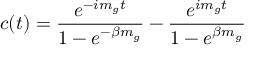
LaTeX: c ( t ) = { \frac { e ^ { - i m _ { g } t } } { 1 - e ^ { - \beta m _ { g } } } } - { \frac { e ^ { i m _ { g } t } } { 1 - e ^ { \beta m _ { g } } } }